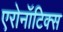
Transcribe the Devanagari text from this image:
एरोनॉटिक्‍स